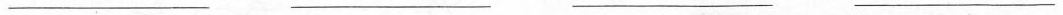
___ ___ ___ ___